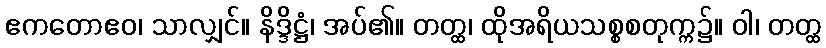
ဧကတောဧဝ၊ သာလျှင်။ နိဒ္ဒိဋ္ဌံ၊ အပ်၏။ တတ္ထ၊ ထိုအရိယသစ္စစတုက္က၌။ ဝါ၊ တတ္ထ